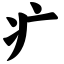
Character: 疒